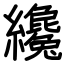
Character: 纔